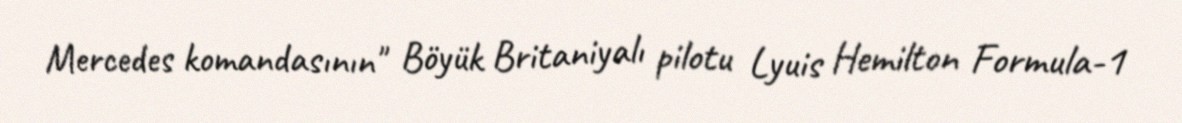
Mercedes komandasının" Böyük Britaniyalı pilotu Lyuis Hemilton Formula-1